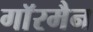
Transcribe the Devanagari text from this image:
गाॅरमैन